Senior Leaving Certificate Examination (including Day School Certificate (Higher) General paper), 1947
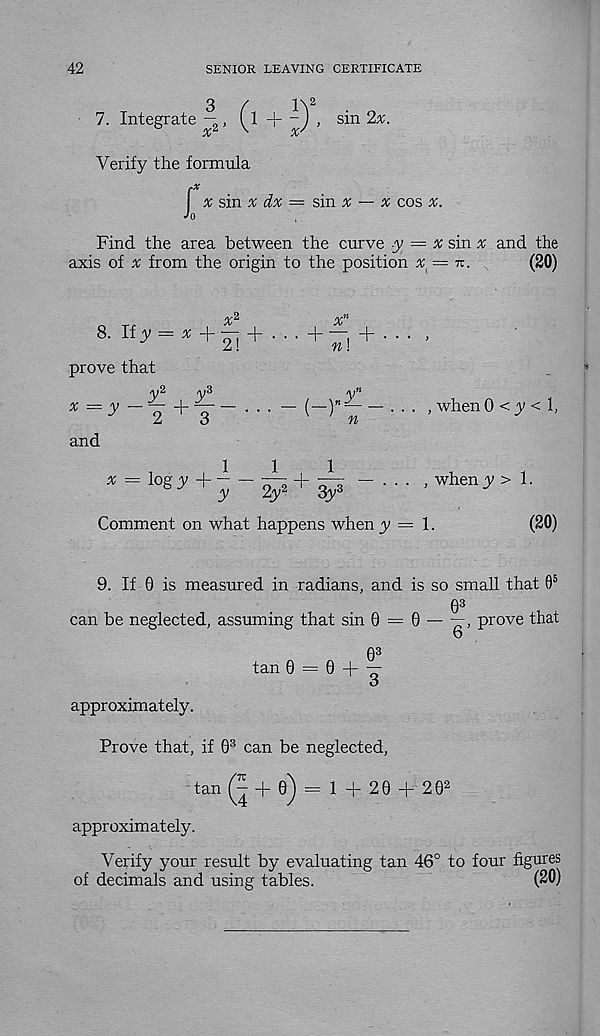
42
SENIOR LEAVING CERTIFICATE
3
/
1"N 2
7. Integrate — , ( 1 + -J , sin 2%.
oc
%
Verify the formula
r x
x sin % dx — sin x — x cos
■'O
Find the area between the curve y = xsmx and the
axis of x from the origin to the position a = n.
(20)
8. If y :
prove that
x n
x + 771 + •••+' ', + • •
2!
n\
x —
and
/y2
vy3
y — 2-
2—
^
2 ' 3
(-)
-z;
n
1
Comment on what happens when y
, when 0 < y < 1,
, when y > 1.
1.
(20)
9. If 0 is measured in radians, and is so small that 0 5
0 3
can be neglected, assuming that sin 0 = 0 — —, prove that
0 3
tan 0 = 0 + —
o
approximately.
Prove that, if 0 3 can be neglected,
tan ^ + 0) = 1 + 20 + 20 2
approximately.
Verify your result by evaluating tan 46° to four figures
of decimals and using tables.
(20)